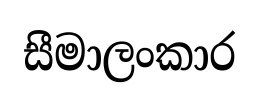
සීමාලංකාර